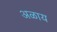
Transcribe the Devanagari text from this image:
अळाय